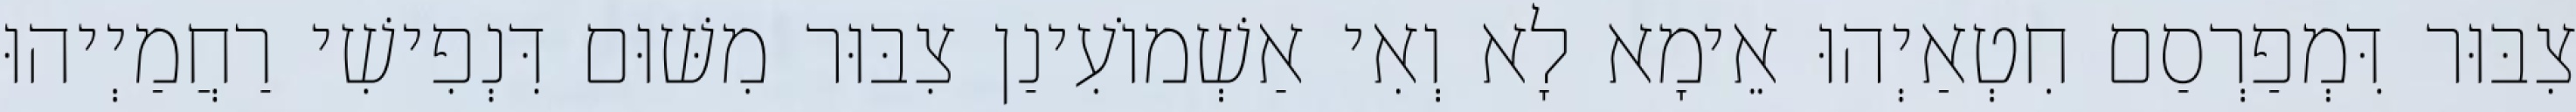
צִבּוּר דִּמְפַרְסַם חִטְאַיְהוּ אֵימָא לָא וְאִי אַשְׁמוֹעִינַן צִבּוּר מִשּׁוּם דִּנְפִישִׁי רַחֲמַיְיהוּ